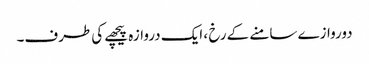
دوروازے سامنے کے رخ ، ایک دروازہ پیچھے کی طرف۔